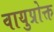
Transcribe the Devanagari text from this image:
वायुप्रोक्त